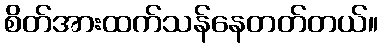
စိတ်အားထက်သန်နေတတ်တယ်။